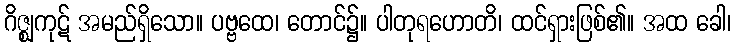
ဂိဇ္ဈကုဋ် အမည်ရှိသော။ ပဗ္ဗထေ၊ တောင်၌။ ပါတုရဟောတိ၊ ထင်ရှားဖြစ်၏။ အထ ခေါ၊